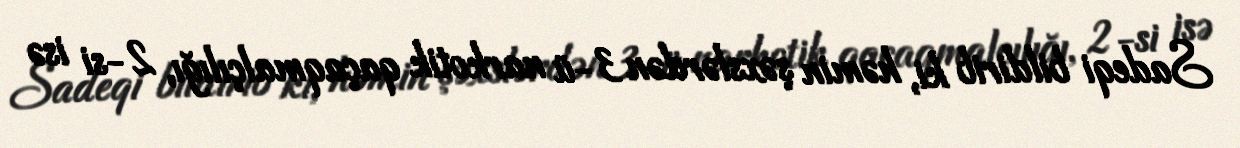
Sadeqi bildirib ki, həmin şəxslərdən 3-ü narkotik qaçaqmalçılığı, 2-si isə